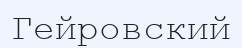
Гейровский